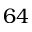
6 4